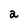
Character: 2